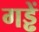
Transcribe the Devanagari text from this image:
गड्ढें